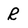
Character: R